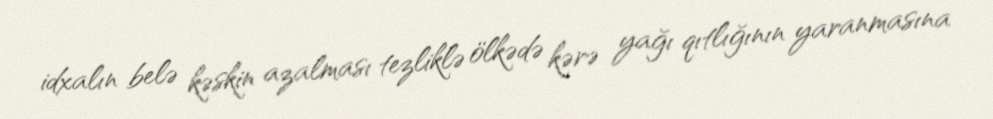
idxalın belə kəskin azalması tezliklə ölkədə kərə yağı qıtlığının yaranmasına